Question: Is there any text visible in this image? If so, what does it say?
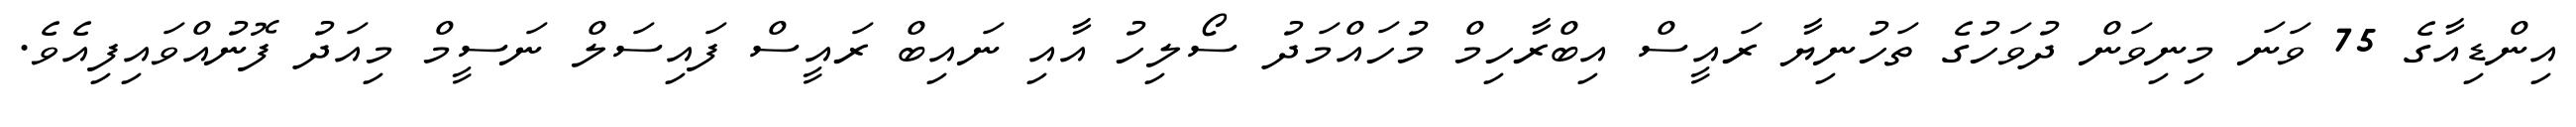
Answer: އިންޑިއާގެ 75 ވަނަ މިނިވަން ދުވަހުގެ ތަހުނިޔާ ރައީސް އިބްރާހިމް މުހައްމަދު ސޯލިހު އާއި ނައިބް ރައީސް ފައިސަލް ނަސީމް މިއަދު ފޮނުއްވައިފިއެވެ.